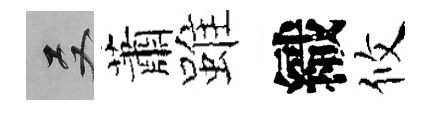
双蕭雖織攸